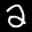
Label: 2